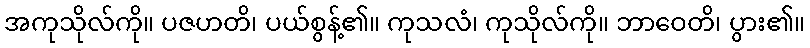
အကုသိုလ်ကို။ ပဇဟတိ၊ ပယ်စွန့်၏။ ကုသလံ၊ ကုသိုလ်ကို။ ဘာဝေတိ၊ ပွား၏။